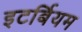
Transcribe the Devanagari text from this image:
इटर्बियम